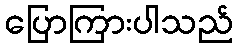
ပြောကြားပါသည်